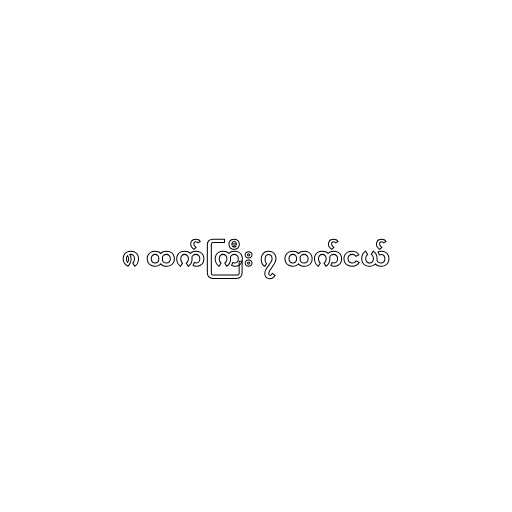
၈ ထက်ကြီး ၇ ထက်ငယ်